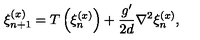
\xi _ { n + 1 } ^ { ( x ) } = T \left( \xi _ { n } ^ { ( x ) } \right) + \frac { g ^ { \prime } } { 2 d } \nabla ^ { 2 } \xi _ { n } ^ { ( x ) } ,